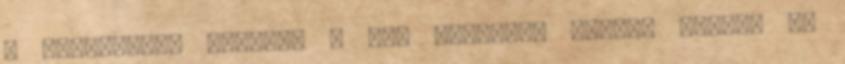
a szerszámos asztala - egy alacsony széles asztal -,